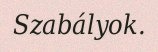
Szabályok.